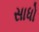
સાધો